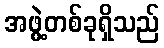
အဖွဲ့တစ်ခုရှိသည်